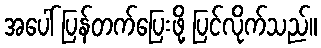
အပေါ် ပြန်တက်ပြေးဖို့ ပြင်လိုက်သည်။